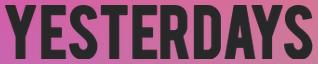
YESTERDAYS